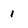
Character: l